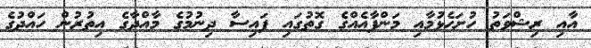
އާއި ރިޝްވަތު ހުށަހެޅުމާއި މަންފާއެއްގެ ގޮތުގައި ފައިސާ ދިނުމުގެ މާއްދާގެ އިތުރުން ހައްދުގެ